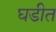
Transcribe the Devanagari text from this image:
घडीत